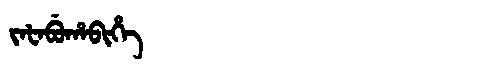
Manchu: ᠵᠠᡶᠠᠪᡠᡥᠠᠪᡳᡥᡝ
Romanization: JAFABUHABIHE